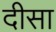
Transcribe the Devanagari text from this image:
दीसा